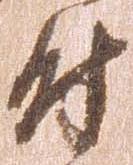
尉